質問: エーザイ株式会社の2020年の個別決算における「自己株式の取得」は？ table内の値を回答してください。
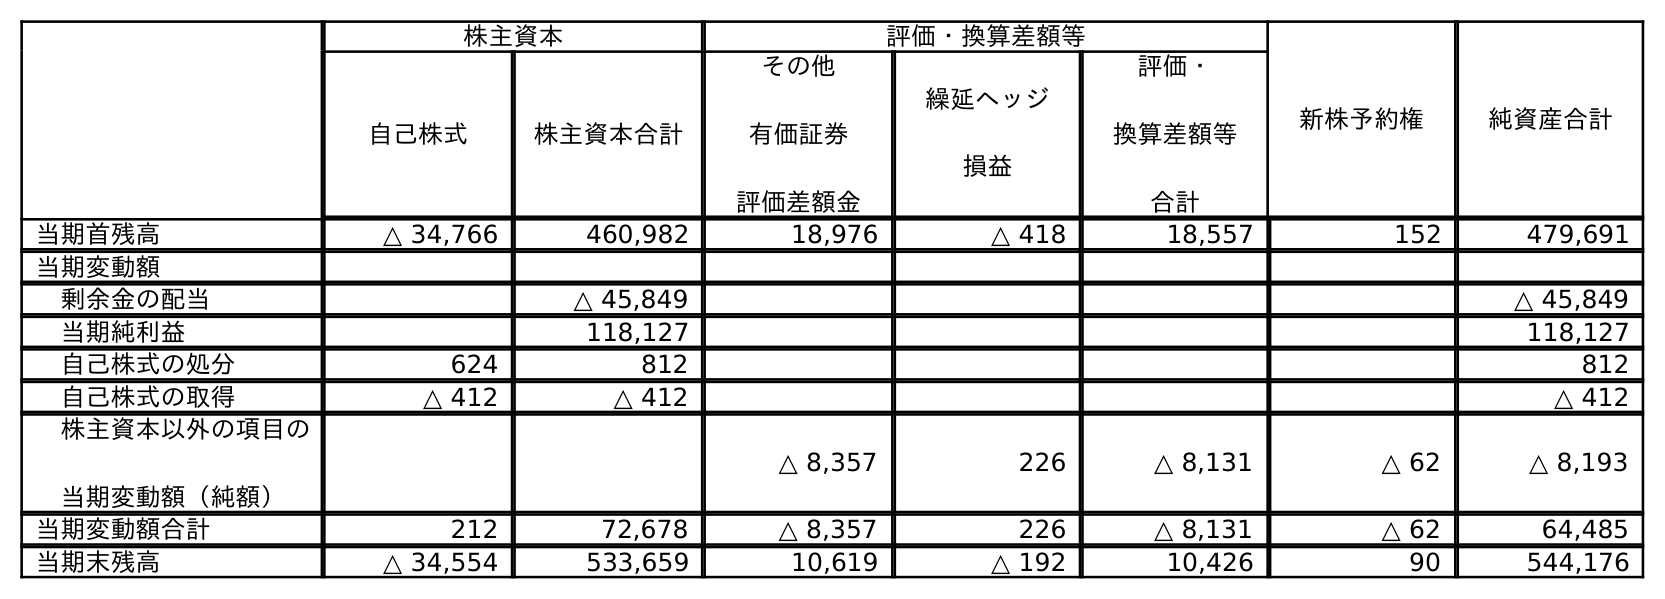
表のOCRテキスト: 株主資本 評価・換算差額等 新株予約権 純資産合計 自己株式 株主資本合計 その他 有価証券 評価差額金 繰延ヘッジ 損益 評価・ 換算差額等 合計 当期首残高 △ 34,766 460,982 18,976 △ 418 18,557 152 479,691 当期変動額 剰余金の配当 △ 45,849 △ 45,849 当期純利益 118,127 118,127 自己株式の処分 624 812 812 自己株式の取得 △ 412 △ 412 △ 412 株主資本以外の項目の 当期変動額（純額） △ 8,357 226 △ 8,131 △ 62 △ 8,193 当期変動額合計 212 72,678 △ 8,357 226 △ 8,131 △ 62 64,485 当期末残高 △ 34,554 533,659 10,619 △ 192 10,426 90 544,176
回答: △412